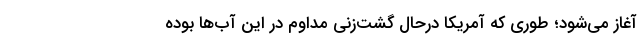
آغاز می‌شود؛ طوری که آمریکا درحال گشت‌زنی مداوم در این آب‌ها بوده